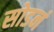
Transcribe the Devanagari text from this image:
सोडनं